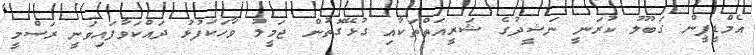
އެމްޑީޕީން ގަބޫލު ކުރަނީ ނަޝީދުގެ ޝަރީއަތްތަކާއި ގުޅޭގޮތުން ޖަމީލު ވާހަކަފުޅު ދައްކަވާފައިވަނީ ރަސްމީ